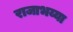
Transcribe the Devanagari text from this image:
राजाभय्या